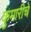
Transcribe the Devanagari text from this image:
कुमारीचे